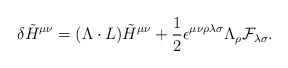
\begin{align*}\delta \tilde{H}^{\mu\nu} = (\Lambda \cdot L) \tilde{H}^{\mu\nu} + {1\over 2}\epsilon^{\mu\nu\rho\lambda\sigma} \Lambda_\rho {\cal F}_{\lambda\sigma}.\end{align*}